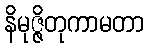
နိမုဇ္ဇိတုကာမတာ